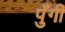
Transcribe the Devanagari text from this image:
पुँगी